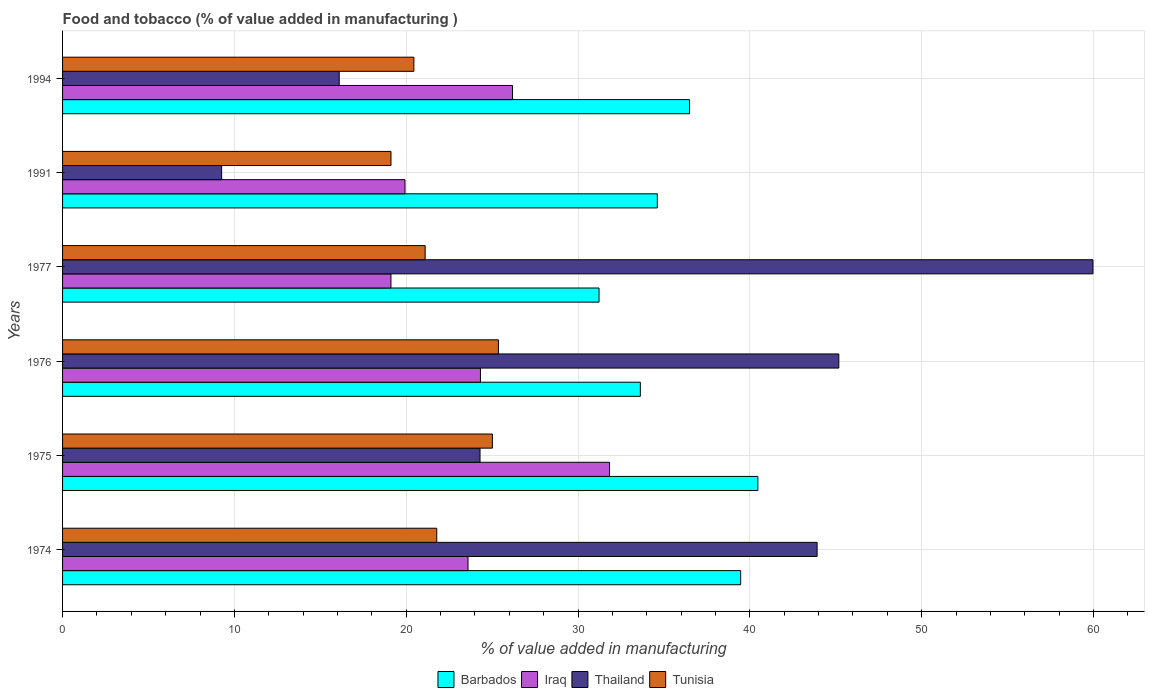
| Years | Barbados | Iraq | Thailand | Tunisia |
 | --- | --- | --- | --- | --- |
 | 1974 | 39.5 | 23.6 | 43.9 | 21.8 |
 | 1975 | 40.5 | 31.8 | 24.3 | 25 |
 | 1976 | 33.6 | 24.3 | 45.2 | 25.4 |
 | 1977 | 31.2 | 19.1 | 60 | 21.1 |
 | 1991 | 34.6 | 19.9 | 9.26 | 19.1 |
 | 1994 | 36.5 | 26.2 | 16.1 | 20.4 |